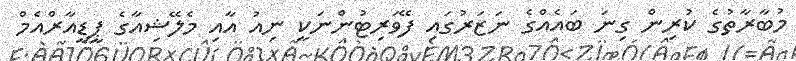
މުބާރާތުގެ ކުރިން ގިނަ ބައެއްގެ ނަޒަރުގައި ފޭވަރިޓުންނަކީ ނިއު އާއި މެލޭޝިއާގެ ޕީޑީއާރްއެމް